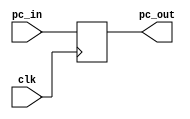
module pc(input clk, input [31:0] pc_in, output reg [31:0] pc_out);

	always @ (posedge clk)
		begin
			pc_out <= pc_in;
		end
endmodule


module adder(input [31:0] add_in, output reg [31:0] add_out);
	initial begin
		add_out = 100;
	end
 
	always @ (*)
		begin
			add_out <= add_in + 4;
		end	
endmodule


module inst_mem( input [31:0] mem_in, output reg [31:0] inst_out);

	reg [31:0] inst_mem [0:511];
	
	initial begin
		inst_mem [100] <= 32'b10001100001000100000000000000000;
		inst_mem [104] <= 32'b10001100001000110000000000000100;
		inst_mem [108] <= 32'b10001100001001000000000000001000;
		inst_mem [112] <= 32'b10001100001001010000000000001100;
		inst_mem [116] <= 32'b00000000010010100011000000100000;
	end
	
	always @ (*)
		begin
		inst_out <= inst_mem[mem_in];
	end
endmodule


module IF_ID ( input clk, input [31:0] fd_in, output reg [5:0] op_code, output reg [5:0] func, output reg [4:0] rd, 
	output reg [4:0] rs, output reg [4:0] rt, output reg [15:0] imm );
	
	reg fd_out;
	always @ (posedge clk)
		begin
			fd_out <= fd_in;
			op_code <= fd_in[31:26];
			func <= fd_in[5:0];
			rd <= fd_in[15:11];
			rs <= fd_in[25:21];
			rt <= fd_in[20:16];
			imm <= fd_in[15:0];
		end
endmodule


module ctrl_unit( input [5:0] op, input [5:0] func, output reg wreg, output reg m_to_reg, output reg wmem, output reg [3:0] aluc, 
	output reg aluimm, output reg regrt );

	always @ (*) begin
		case(op)
			6'b100011:
			begin
			wreg = 1;
			m_to_reg = 1;
			wmem = 0;
			aluc = 4'b0010;
			aluimm = 1;
			regrt = 1;
			end
			
			6'b000000:
			begin
			wreg = 1;
			m_to_reg = 0;
			wmem = 0;
			aluc = 4'b0010; 
			aluimm = 0;
			regrt = 0;
			end
		endcase
	end
endmodule


module MUX_ID( input [4:0] rd, input [4:0] rt, input regrt, output reg [4:0] MUX_ID_out);
	always @ (*) begin
		if (regrt == 0) begin
			MUX_ID_out <= rd;
		end
		
		if (regrt == 1) begin
			MUX_ID_out <= rt;
		end
	end
endmodule


module reg_file( input clk, input we, input [4:0] rs, input [4:0] rt, input [4:0] wn, input [31:0] d,
					output reg [31:0] qa, output reg [31:0] qb );
	reg [31:0] reg_files [31:0]; 
	integer i;
	
	initial begin
		for (i=0; i<32; i=i+1)begin
			reg_files[i] = 32'h00000000;
		end
	end
	
//	always @ (*) begin
//		qa <= reg_files[rs];
//		qb <= reg_files[rt];
//		
//		if ( we == 1 )begin
//			reg_files[wn] <= d;
//		end
//	end
//		
	
	always @ (negedge clk) begin
		qa <= reg_files[rs];
		qb <= reg_files[rt];
	end
	
	always @ (posedge clk) begin
		if ( we == 1 )begin
			reg_files[wn] <= d;
		end
	end
endmodule


module bit_extention( input [15:0] imm, output reg [31:0] extented_imm);
	reg [15:0] extra_bits;
	always @(*) begin
		if (imm[15]==1) begin
			extra_bits = 16'hffff;
		end
		
		if (imm[15]==0) begin
			extra_bits = 16'h0000;
		end
		
		extented_imm[31:16] <= extra_bits[15:0];
		extented_imm[15:0] <= imm[15:0];
	end
endmodule


module ID_EXE( input clk, input wreg, input m2reg, input wmem, input [3:0] aluc, input aluimm, input [4:0] rd_rt, 
	input [31:0] qa, input [31:0] qb, input [31:0] extended_imm, output reg EXE_wreg, output reg EXE_m2reg, output reg EXE_wmem, 
	output reg [3:0] EXE_aluc, output reg EXE_aluimm, output reg [4:0] EXE_rd_rt, output reg [31:0] EXE_qa, output reg [31:0] EXE_qb,
	output reg [31:0] EXE_extended_imm);
	
	always @ (posedge clk) begin
		EXE_wreg <= wreg;
		EXE_m2reg <= m2reg;
		EXE_wmem <= wmem;
		EXE_aluc <= aluc;
		EXE_aluimm <= aluimm;
		EXE_rd_rt <= rd_rt;
		EXE_qa <= qa;
		EXE_qb <= qb;
		EXE_extended_imm <= extended_imm;
	end
endmodule


module MUX_EXE( input EXE_aluimm, input [31:0] EXE_qb, input [31:0] EXE_extended_imm, output reg [31:0] MUX_EXE_out );
	
	always @(*)begin
		if (EXE_aluimm == 0)begin
			MUX_EXE_out <= EXE_qb;
		end
		if (EXE_aluimm == 1)begin
			MUX_EXE_out <= EXE_extended_imm;
		end
	end
endmodule


module ALU( input [3:0] EXE_aluc, input [31:0] ALU_a, input [31:0] ALU_b, output reg [31:0] ALU_out );
	reg [31:0] reg_files [31:0]; 
	
	always @(*)begin
		case(EXE_aluc)
			4'b0010:
			begin
			ALU_out <= ALU_a + ALU_b;
			end
		endcase
	end
endmodule


module EXE_MEM( input clk, input EXE_wreg, input EXE_m2reg, input EXE_wmem, 
	input [4:0] EXE_rd_rt, input [31:0] EXE_ALU_out, input [31:0] EXE_qb,
	output reg MEM_wreg, output reg MEM_m2reg, output reg MEM_wmem, output reg [4:0] MEM_rd_rt, 
	output reg [31:0] MEM_ALU_out, output reg [31:0] MEM_qb );
	
	always @ (posedge clk) begin
		MEM_wreg <= EXE_wreg;
		MEM_m2reg <= EXE_m2reg;
		MEM_wmem <= EXE_wmem;
		MEM_rd_rt <= EXE_rd_rt;
		MEM_ALU_out <= EXE_ALU_out;
		MEM_qb <= EXE_qb;
	end
endmodule


module Data_mem( input we, input [31:0] a, input [31:0] di, output reg [31:0] do );
	
	reg [31:0] data_mem [0:255];
	
	initial begin
		data_mem [0] <= 32'ha00000aa;
		data_mem [4] <= 32'h10000011;
		data_mem [8] <= 32'h20000022;
		data_mem [12] <= 32'h30000033;
		data_mem [16] <= 32'h40000044;
		data_mem [20] <= 32'h50000055;
		data_mem [24] <= 32'h60000066;
		data_mem [28] <= 32'h70000077;
		data_mem [32] <= 32'h80000088;
		data_mem [36] <= 32'h90000099;
	end
	
	always @(*)begin
		if ( we == 0 ) begin
			do <= data_mem [a];
		end
	end
endmodule


module MEM_WB(input clk, input mwreg, input mm2reg, input [4:0] MEM_rd_rt, input [31:0] MEM_ALU_out, input [31:0] do,
	  output reg WB_wreg, output reg WB_m2reg, output reg [4:0] WB_rd_rt, output reg [31:0] WB_ALU_out, output reg [31:0] WB_do);
	  
	  always @ (posedge clk) begin
		WB_wreg <= mwreg;
		WB_m2reg <= mm2reg;
		WB_rd_rt <= MEM_rd_rt;
		WB_ALU_out <= MEM_ALU_out;
		WB_do <= do;
	end
endmodule

module WB_MUX(input wm2reg, input [31:0] WB_ALU_out, input [31:0] do, output reg [31:0] mux_out);

	always @ (*) begin
	 if ( wm2reg == 0 ) begin
		mux_out <= WB_ALU_out;
	 end
	 if ( wm2reg == 1 ) begin
		mux_out <= do;
	 end
	end
endmodule
	
	
		
`timescale 1ns/1ps
module testbench();
	reg clk_tb;
	wire [31:0] pc_in;
	wire [31:0] pc_out;
	wire [31:0] inst_mem_out;

	wire [5:0] opcode_tb;
	wire [5:0] func_tb;
	wire [4:0] rd_tb;
	wire [4:0] rs_tb;
	wire [4:0] rt_tb;
	wire [15:0] imm_tb;
	wire wreg_tb;
	wire m2reg_tb;
	wire wmem_tb;
	wire [3:0] aluc_tb;
	wire aluimm_tb;
	wire regrt_tb;
	wire [4:0] mux_out_tb;
	wire [31:0] qa_tb;
	wire [31:0] qb_tb;
	wire [31:0] extented_imm_tb ;
	
	wire EXE_wreg;
	wire EXE_m2reg;
	wire EXE_wmem;
	wire [3:0] EXE_aluc;
	wire EXE_aluimm;
	wire [4:0] EXE_MUX_tb;
	wire [31:0] EXE_qa;
	wire [31:0] EXE_qb;
	wire [31:0] EXE_extended_imm;
	
	wire [31:0] EXE_ALU_MUX_out;
	wire [31:0] EXE_ALU_out;
	
	wire MEM_wreg;
	wire MEM_m2reg;
	wire MEM_wmem;
	wire [4:0] MEM_MUX_rd_rt;
	wire [31:0] MEM_ALU_out;
	wire [31:0] MEM_qb;
	wire [31:0] MEM_do;
	
	wire WB_wreg;
	wire WB_m2reg;
	wire [4:0] WB_rd_rt;
	wire [31:0] WB_ALU_out;
	wire [31:0] WB_do;
	wire [31:0] WB_MUX_out;
	
	//PC
	pc pc_tb (clk_tb, pc_in, pc_out);
	
	//IF stage
	adder ader_tb (pc_out, pc_in);
	inst_mem inst_mem_tb (pc_out,inst_mem_out);
	
	//IF/ID
	IF_ID IF_ID_tb (clk_tb,inst_mem_out, opcode_tb, func_tb, rd_tb, rs_tb, rt_tb, imm_tb);
	
	//ID stage
	ctrl_unit ctrl_unit_tb ( opcode_tb, func_tb, wreg_tb, m2reg_tb, wmem_tb, aluc_tb, aluimm_tb, regrt_tb);
	MUX_ID mux_id_tb (rd_tb, rt_tb, regrt_tb, mux_out_tb);
	reg_file reg_file_tb (clk_tb, WB_wreg, rs_tb, rt_tb, WB_rd_rt, WB_MUX_out, qa_tb, qb_tb );
	bit_extention bit_extention_tb (imm_tb, extented_imm_tb);
	
	//ID/EXE
	ID_EXE ID_EXE_tb(clk_tb, wreg_tb, m2reg_tb, wmem_tb, aluc_tb, aluimm_tb, mux_out_tb, qa_tb, qb_tb, extented_imm_tb, EXE_wreg,
		EXE_m2reg, EXE_wmem, EXE_aluc, EXE_aluimm, EXE_MUX_tb, EXE_qa, EXE_qb, EXE_extended_imm);
		
	//EXE stage
	MUX_EXE MUX_EXE_tb ( EXE_aluimm, EXE_qb, EXE_extended_imm, EXE_ALU_MUX_out);
	ALU ALU_tb ( EXE_aluc, EXE_qa, EXE_ALU_MUX_out, EXE_ALU_out );
	
	//EXE/MEM
	EXE_MEM EXE_MEM_tb ( clk_tb, EXE_wreg, EXE_m2reg, EXE_wmem, EXE_MUX_tb, EXE_ALU_out, EXE_qb, 
		MEM_wreg, MEM_m2reg, MEM_wmem, MEM_MUX_rd_rt, MEM_ALU_out, MEM_qb);
		
	//MEM stage
	Data_mem Data_mem_tb ( MEM_wmem, MEM_ALU_out, MEM_qb, MEM_do);
	
	//MEM/WB
	MEM_WB MEM_WB_tb ( clk_tb, MEM_wreg, MEM_m2reg, MEM_MUX_rd_rt, MEM_ALU_out, MEM_do, WB_wreg, WB_m2reg, WB_rd_rt, WB_ALU_out,
		 WB_do );
		 
	//WB
	WB_MUX WB_MUX_tb ( WB_m2reg, WB_ALU_out, WB_do, WB_MUX_out );
	
	
	initial begin
		clk_tb = 1;
	end
	
	always begin
		#5;
		clk_tb = ~clk_tb;
	end
endmodule